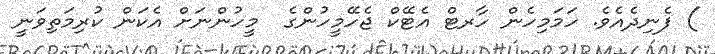
) ފެނިދެއެވެ. ހަމަމިހެން ހާރޓް އެޓޭކް ޖެހޭމީހުންގެ  މީހުންނަށް އެކަން ކުރިމަތިވަނީ